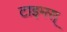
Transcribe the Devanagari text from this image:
टाइमस्